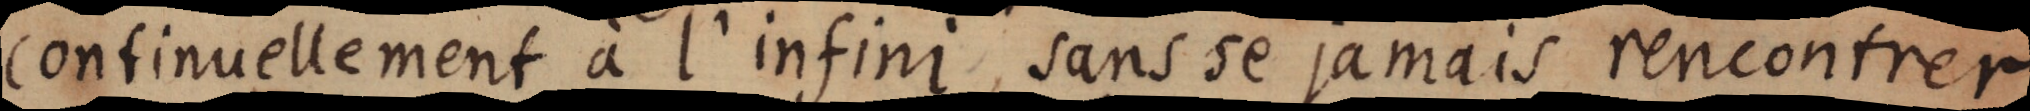
continuellement à l’infini sans se jamais rencontrer